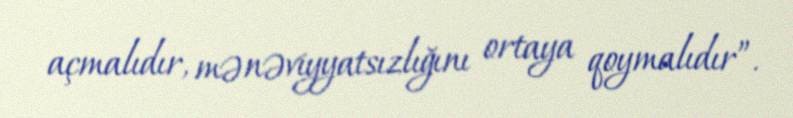
açmalıdır, mənəviyyatsızlığını ortaya qoymalıdır”.